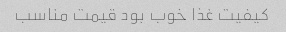
کیفیت غذا خوب بود قیمت مناسب